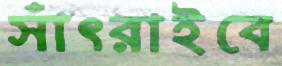
সাঁৎরাইবে